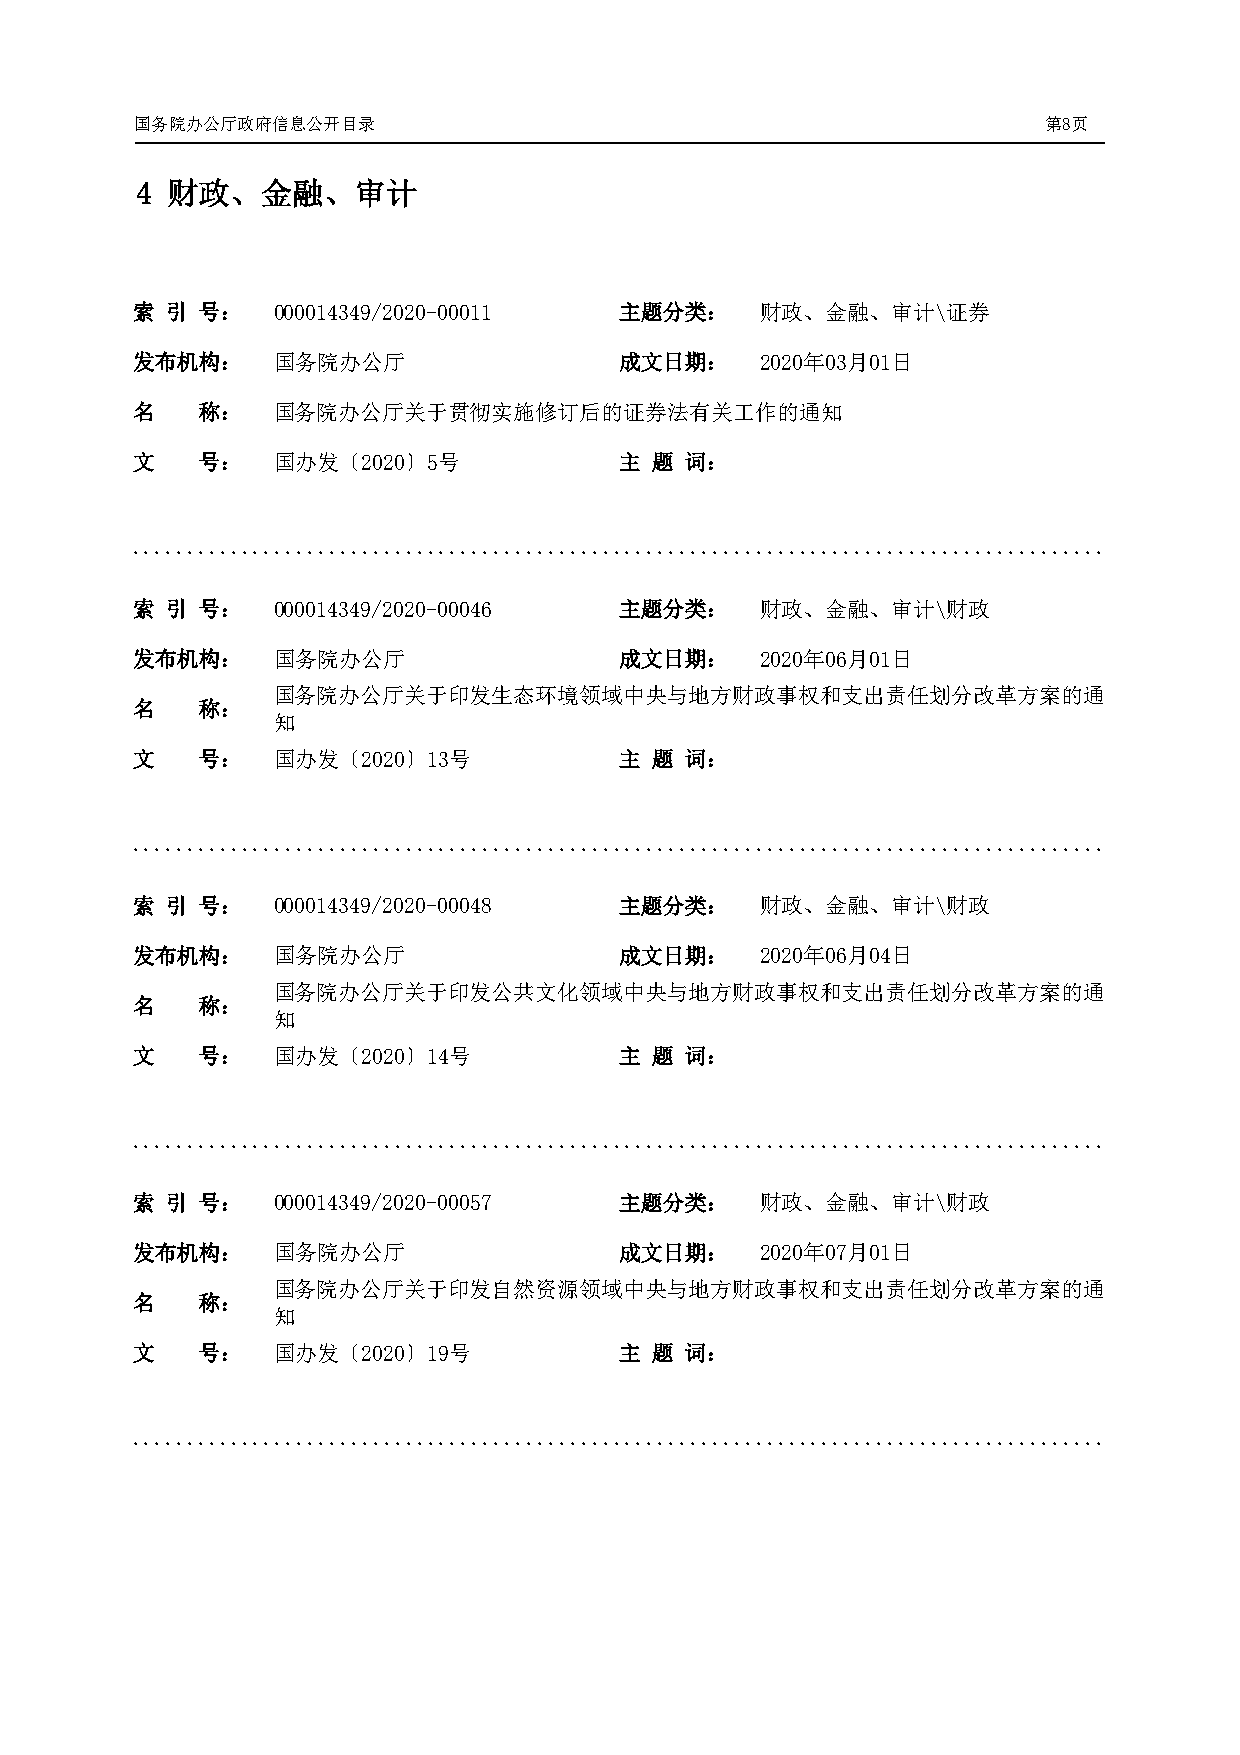
国务院办公厅政府信息公开目录                                              第8页
 4 财政、金融、审计
 索 引 号：   000014349/2020-00011   主题分类：    财政、金融、审计\证券
 发布机构：    国务院办公厅                 成文日期：    2020年03月01日
 名   称：   国务院办公厅关于贯彻实施修订后的证券法有关工作的通知
 文   号：   国办发〔2020〕5号            主 题 词：
 .........................................................................................
 索 引 号：   000014349/2020-00046   主题分类：    财政、金融、审计\财政
 发布机构：    国务院办公厅                 成文日期：    2020年06月01日
 国务院办公厅关于印发生态环境领域中央与地方财政事权和支出责任划分改革方案的通
 名   称：
 知
 文   号：   国办发〔2020〕13号           主 题 词：
 .........................................................................................
 索 引 号：   000014349/2020-00048   主题分类：    财政、金融、审计\财政
 发布机构：    国务院办公厅                 成文日期：    2020年06月04日
 国务院办公厅关于印发公共文化领域中央与地方财政事权和支出责任划分改革方案的通
 名   称：
 知
 文   号：   国办发〔2020〕14号           主 题 词：
 .........................................................................................
 索 引 号：   000014349/2020-00057   主题分类：    财政、金融、审计\财政
 发布机构：    国务院办公厅                 成文日期：    2020年07月01日
 国务院办公厅关于印发自然资源领域中央与地方财政事权和支出责任划分改革方案的通
 名   称：
 知
 文   号：   国办发〔2020〕19号           主 题 词：
 .........................................................................................